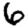
Digit: 6